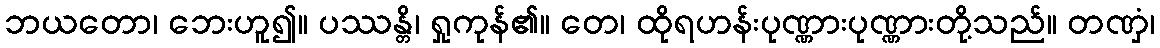
ဘယတော၊ ဘေးဟူ၍။ ပဿန္တိ၊ ရှုကုန်၏။ တေ၊ ထိုရဟန်းပုဏ္ဏားပုဏ္ဏားတို့သည်။ တဏှံ၊